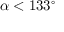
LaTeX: \alpha < 1 3 3 ^ { \circ }